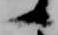
候